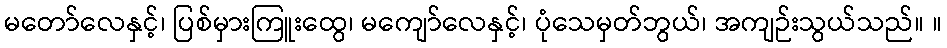
မတော်လေနှင့်၊ ပြစ်မှားကြူးထွေ၊ မကျော်လေနှင့်၊ ပုံသေမှတ်ဘွယ်၊ အကျဉ်းသွယ်သည်။ ။